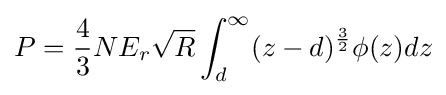
P={\frac {4}{3}}NE_{r}{\sqrt {R}}\int _{d}^{\infty }(z-d)^{\frac {3}{2}}\phi (z)dz